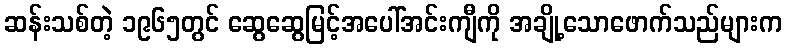
ဆန်းသစ်တဲ့ ၁၉၆၅တွင် ဆွေဆွေမြင့်အပေါ်အင်းကျီကို အချို့သောဖောက်သည်များက